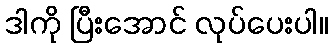
ဒါကို ပြီးအောင် လုပ်ပေးပါ။